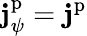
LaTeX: \mathbf{j}_{\psi}^{\mathrm{p}}=\mathbf{j}^{\mathrm{p}}